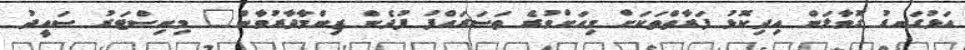
އަޅުގަނޑު ގޮވާލަން އިދިކޮޅު ފަރާތްތަކަށް މިއަށްވުރެ ތަސަރައްފު ފުދެން ޒިންމާދާރުވާން" މިނިސްޓަރު ސައީދު